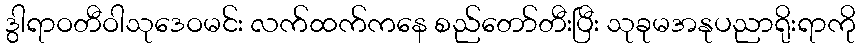
ဒွါရာဝတီဝါသုဒေဝမင်း လက်ထက်ကနေ စည်တော်တီးပြီး သုခုမအနုပညာရိုးရာကို